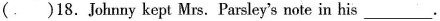
()18.Johnny kept Mrs. Parsley's note in his ___.